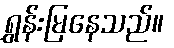
ရွှန်းမြနေသည်။